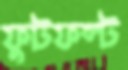
ফুটফল্ট